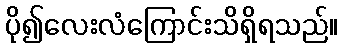
ပို၍လေးလံကြောင်းသိရှိရသည်။